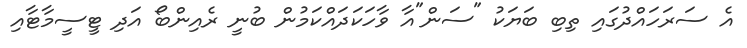
އެ ސަރަހައްދުގައި ތިބި ބަޔަކު "ސަން"އާ ވާހަކަދައްކަމުން ބުނީ ރެއިންބޯ އަދި ޓީސީމާޓާއި